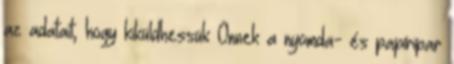
az adatait, hogy kiküldhessük Önnek a nyomda- és papíripar